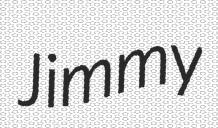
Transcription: Jimmy